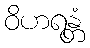
ဝိဟရန္တံ